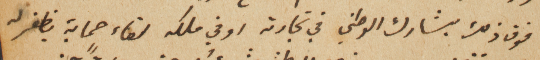
فوق ذلك يشارك الوطني في تجارته او في ملكه لقاء حماية يظفر له